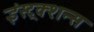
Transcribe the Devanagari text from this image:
इंस्ट्रक्शन्स